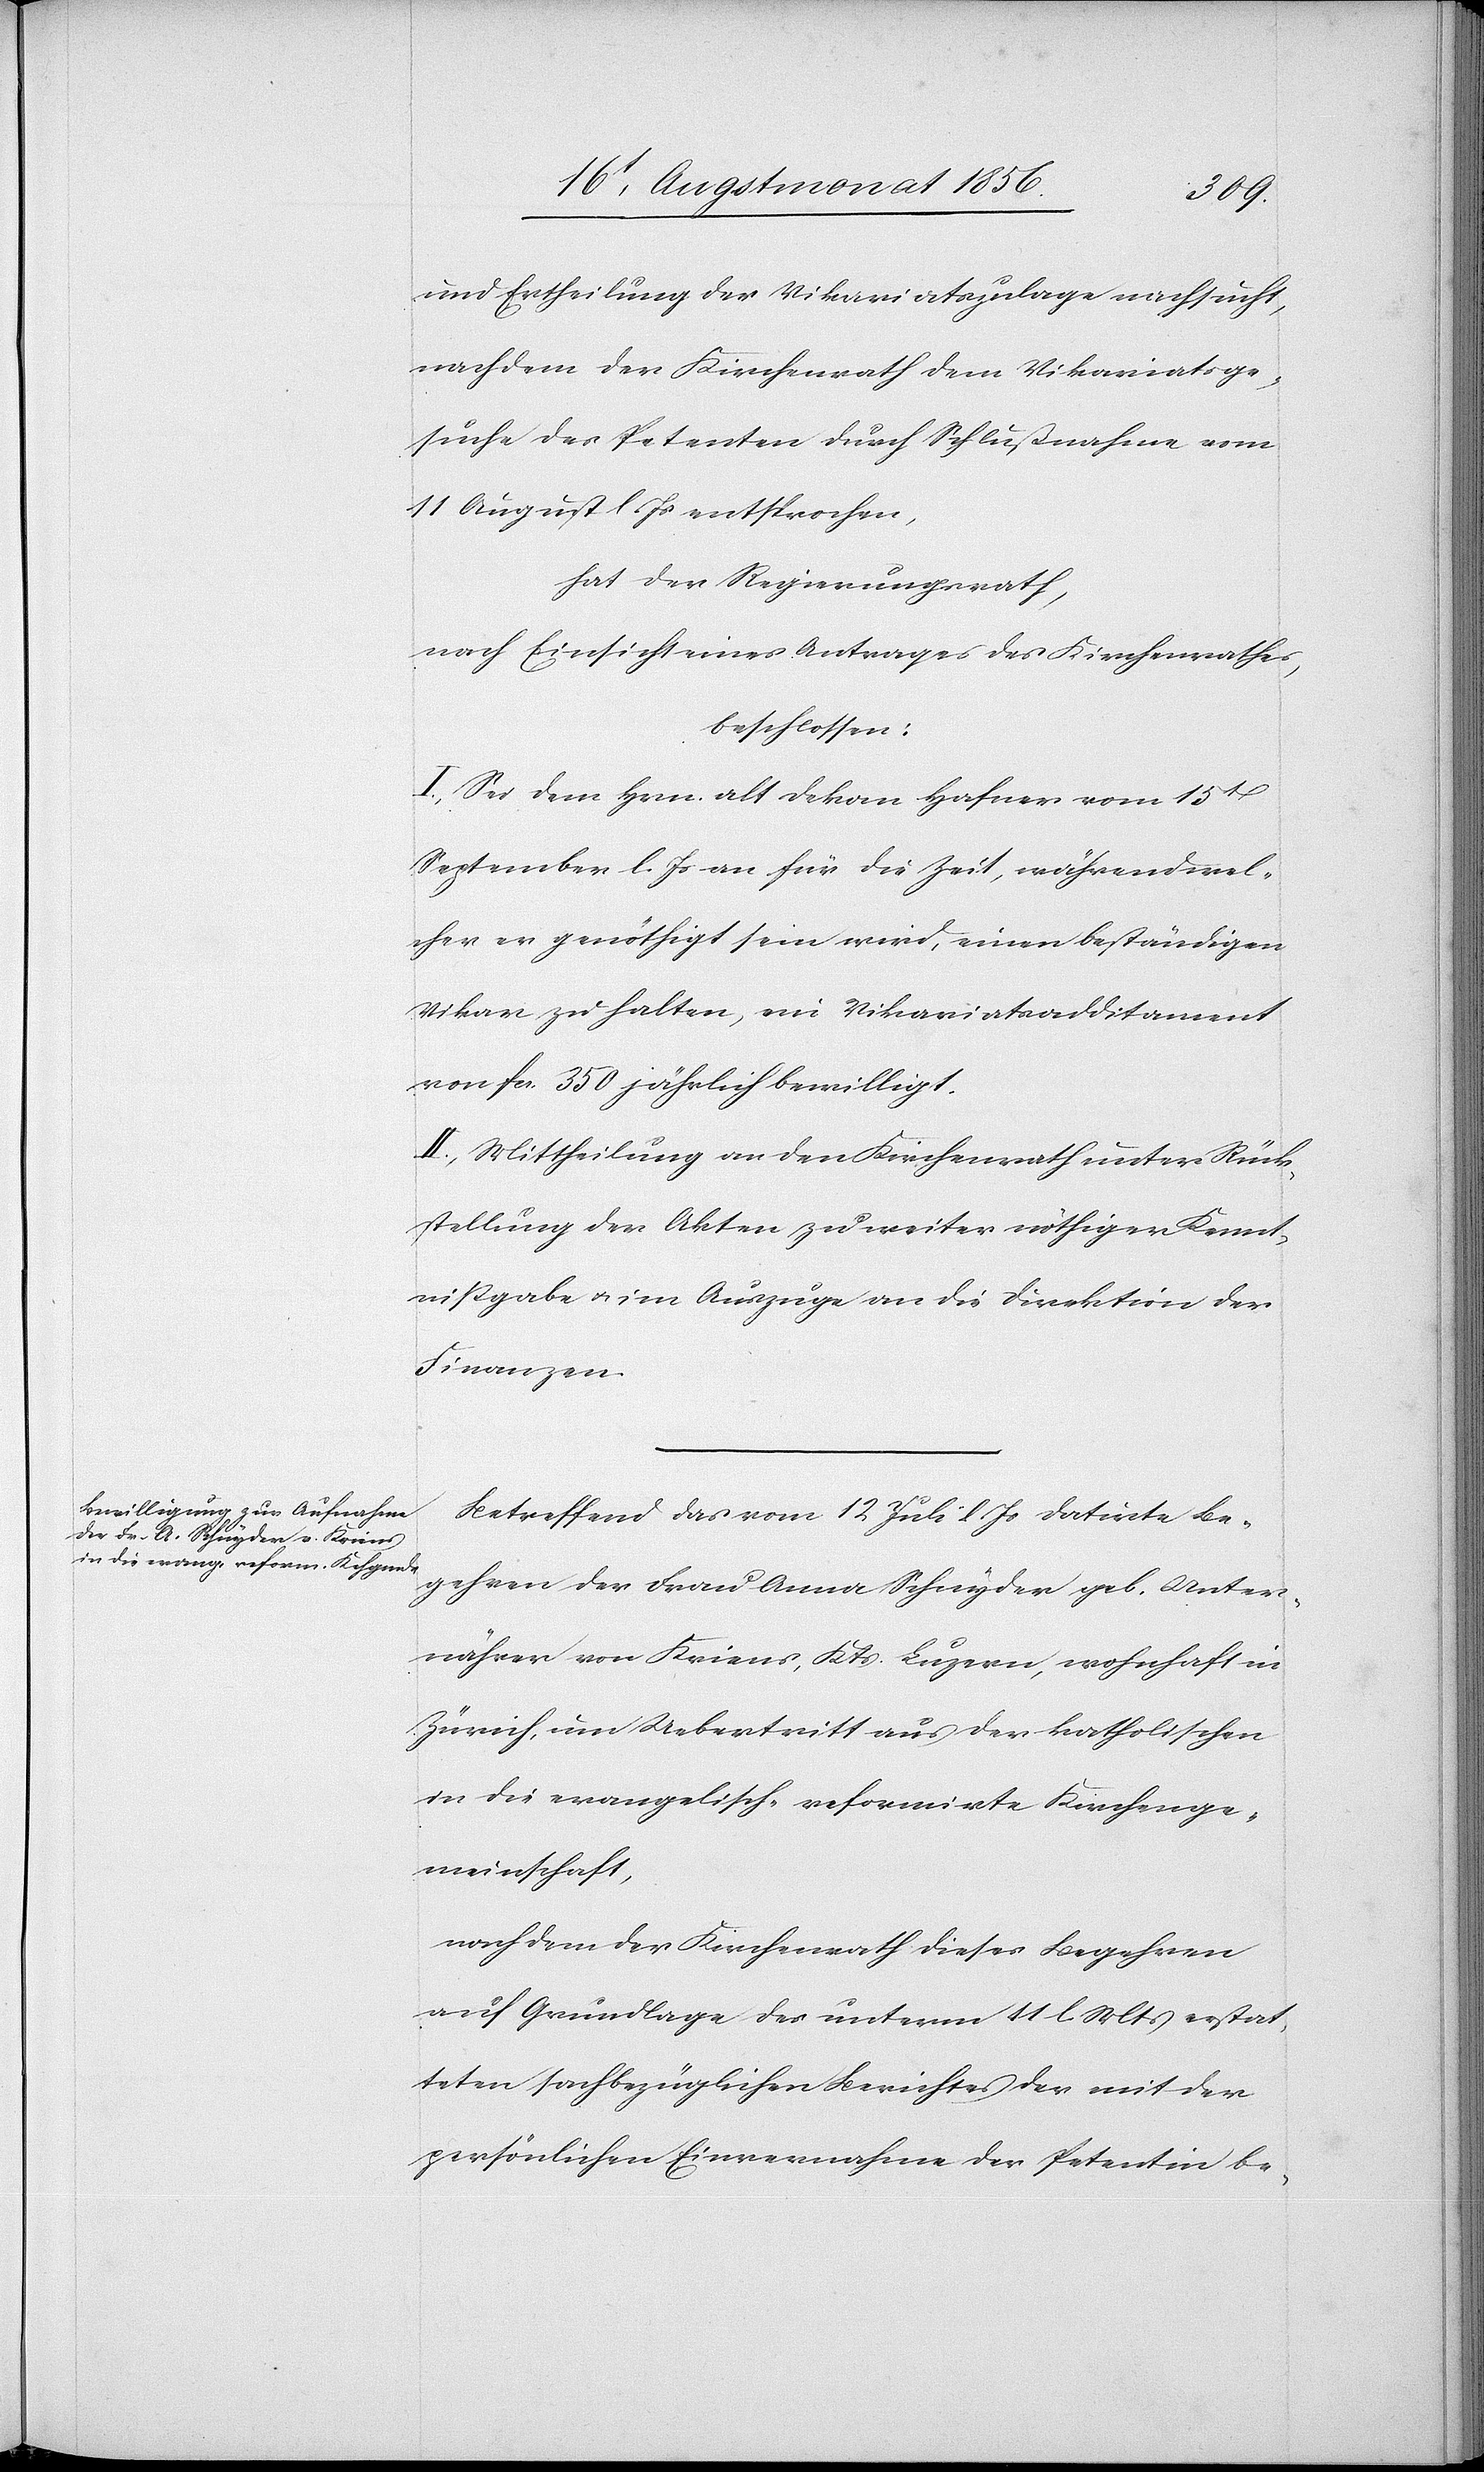
und Ertheilung der Vikariatszulage nachsucht,
nachdem der Kirchenrath dem Vikariatsge¬
suche des Petenten durch Schlußnahme vom
11 August l. Js entsprochen,
hat der Regierungsrath,
nach Einsicht eines Antrages der Kirchenrathes,
beschlossen:
I.) Sei dem Hrn. alt Dekan Hafner vom 15t
September l. Js an für die Zeit, während wel¬
cher er genöthigt sein wird, einen beständigen
Vikar zu halten, ein Vikariatsadditament
von fcs. 350 jährlich bewilligt.
II.) Mittheilung an den Kirchenrath unter Rück¬
stellung der Akten zu weiter nöthiger Kennt¬
nissgabe u. im Auszuge an die Direktion der
Finanzen.
Betreffend das vom 12 Juli l. Js datirte Be¬
gehren der Frau Anna Schnyder geb. Unter¬
nährer von Kriens, Kts. Luzern, wohnhaft in
Zürich, um Uebertritt aus der katholischen
in die evangelisch-reformirte Kirchenge¬
meinschaft,
nachdem der Kirchenrath dieses Begehren
auf Grundlage des unterm 11 l Mts erstat¬
teten sachbezüglichen Berichtes der mit der
persönlichen Einvernahme der Petentin be-